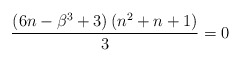
\begin{align*}\frac{\left(6n-\beta^{3}+3\right)\left(n^{2}+n+1\right)}{3}=0\end{align*}